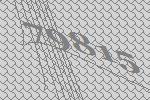
79815